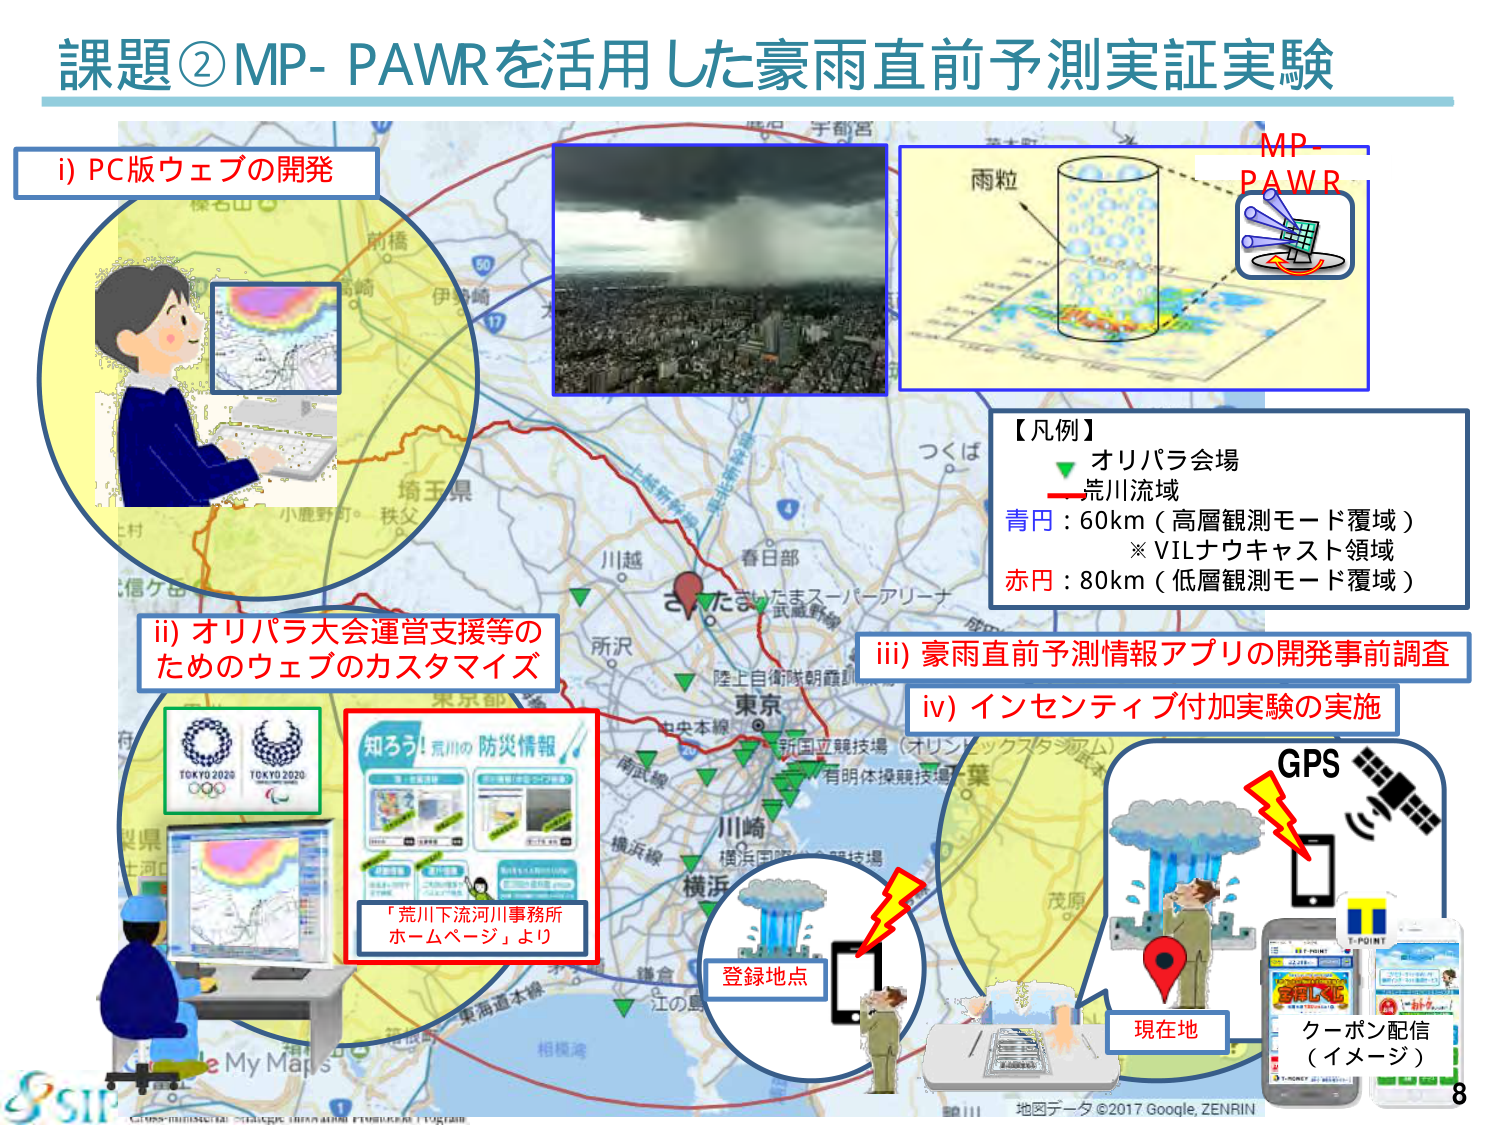
課題②MP-PAWRを活用した豪雨直前予測実証実験

i) PC版ウェブの開発

ii) オリパラ大会運営支援等のためのウェブのカスタマイズ

「荒川下流河川事務所 ホームページ」より

iii) 豪雨直前予測情報アプリの開発事前調査

iv) インセンティブ付加実験の実施

【凡例】
▼ オリパラ会場
― 崇川流域
青円：60km（高層観測モード覆域）
※ VILナウキャスト領域
赤円：80km（低層観測モード覆域）

MP-PAWR
雨粒

GPS

登録地点

現在地

クーポン配信（イメージ）

TOKYO 2020
TOKYO 2020

知ろう！荒川の防災情報

地図データ ©2017 Google, ZENRIN

8